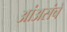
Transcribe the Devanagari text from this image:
आंअसंचे